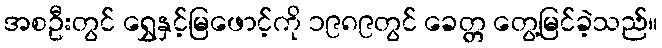
အစဦးတွင် ရွှေနှင့်မြဖောင့်ကို ၁၉၈၉တွင် ခေတ္တ တွေ့မြင်ခဲ့သည်။